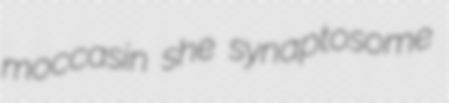
moccasin she synaptosome